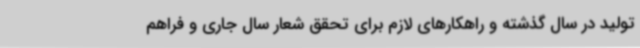
تولید در سال گذشته و راهکارهای لازم برای تحقق شعار سال جاری و فراهم